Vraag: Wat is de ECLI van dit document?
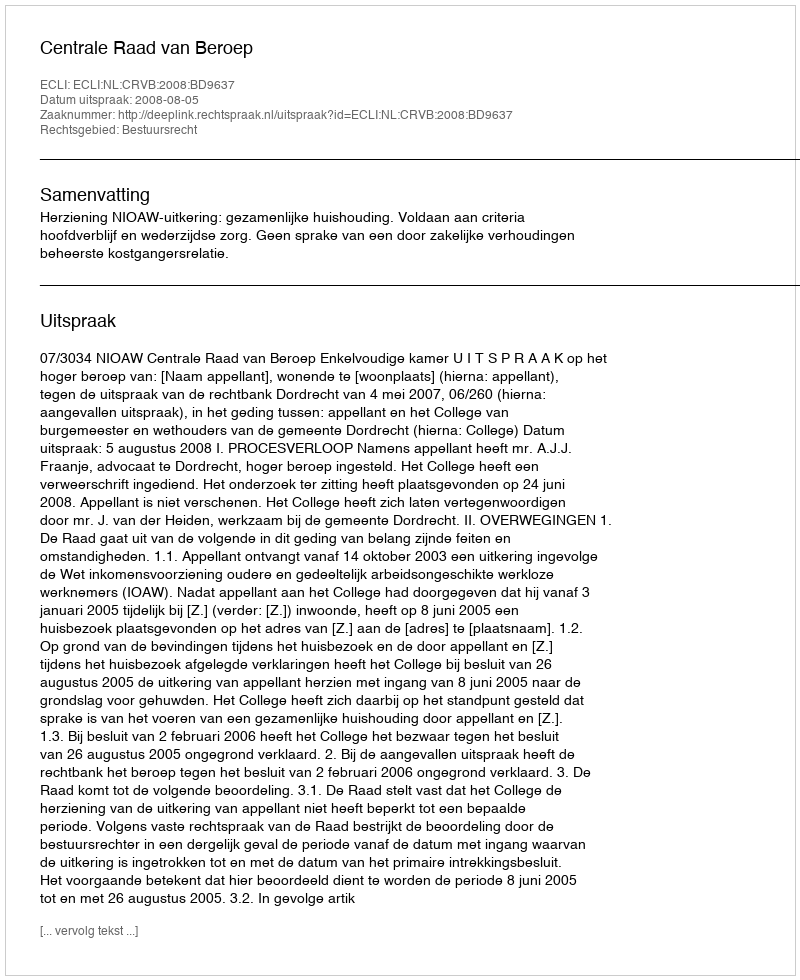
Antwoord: ECLI:NL:CRVB:2008:BD9637